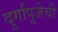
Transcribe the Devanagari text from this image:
दुर्गापूजेची